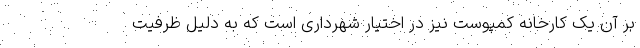
بر آن یک کارخانه کمپوست نیز در اختیار شهرداری است که به دلیل ظرفیت